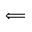
\Longleftarrow